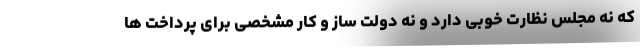
که نه مجلس نظارت خوبی دارد و نه دولت ساز و کار مشخصی برای پرداخت ها